Black-water fever - Number 35
Disease focus: Fever
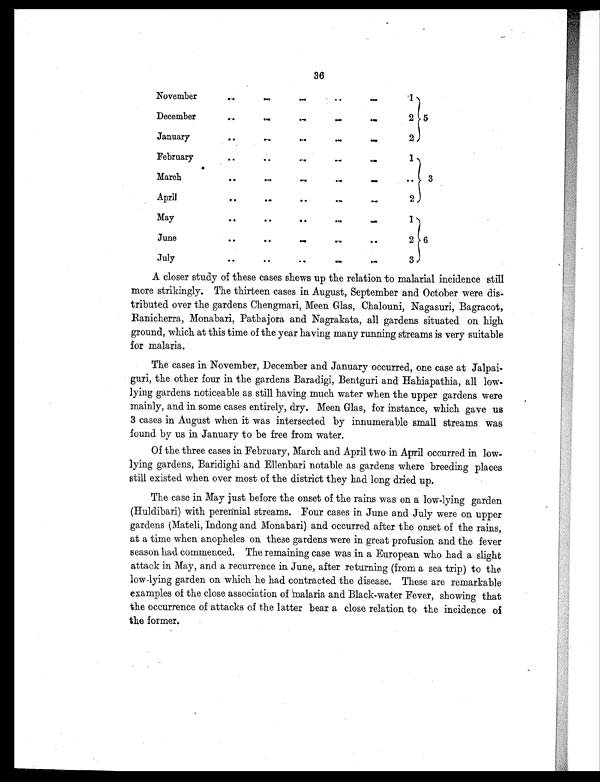
36
November
... ... ... ... ...
1
December
...
... ...
... . . .
2 5
January
... ... ... ... ...
2
February
... ...
...
...
...
1
March
... ... ... ... ... ...
3
April
... ... ... ... ...
2
May
... ... ... ... ...
1
June
... ...
...
... ...
2 6
July
... ... ... ... ...
3
A closer study of these cases shews up the relation to malarial incidence still
more strikingly. The thirteen cases in August, September and October were dis-
tributed over the gardens Chengmari, Meen Glas, Chalouni, Nagasuri, Bagracot,
Ranicherra, Monabari, Pathajora and Nagrakata, all gardens situated on high
ground, which at this time of the year having many running streams is very suitable
for malaria.
The cases in November, December and January occurred, one case at jalpai-
guri, the other four in the gardens Baradigi, Bentguri and Hahiapathia, all low-
lying gardens noticeable as still having much water when the upper gardens were
mainly, and in some cases entirely, dry. Meen Glas, for instance, which gave us
3 cases in August when it was intersected by innumerable small streams was
found by us in January to be free from water.
Of the three cases in February, March and April two in April occurred in low-
lying gardens, Baridighi and Ellenbari notable as gardens where breeding places
still existed when over most of the district they had long dried up.
The case in May just before the onset of the rains was on a low-lying garden
(Huldibari) with perennial streams. Four cases in June and July were on upper
gardens (Mateli, Indong and Monabari) and occurred after the onset of the rains,
at a time when anopheles on these gardens were in great profusion and the fever
season had commenced. The remaining case was in a European who had a slight
attack in May, and a recurrence in June, after returning (from a sea trip) to the
low-lying garden on which he had contracted the disease. These are remarkable
examples of the close association of Malaria and Black-water Fever, showing that
the occurrence of attacks of the latter bear a close relation to the incidence of
the former.